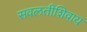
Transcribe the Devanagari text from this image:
सवलतीशिवाय